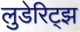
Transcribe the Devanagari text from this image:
लुडेरिट्झ